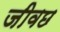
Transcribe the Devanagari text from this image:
जीवछ